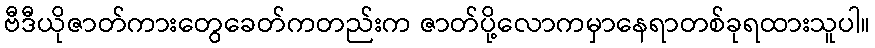
ဗီဒီယိုဇာတ်ကားတွေခေတ်ကတည်းက ဇာတ်ပို့လောကမှာနေရာတစ်ခုရထားသူပါ။